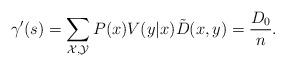
LaTeX: \begin{align*}\gamma'(s) = \sum_{\mathcal{X,Y}} P(x) V(y|x) \tilde{D}(x,y) = \frac{D_0}{n} .\end{align*}